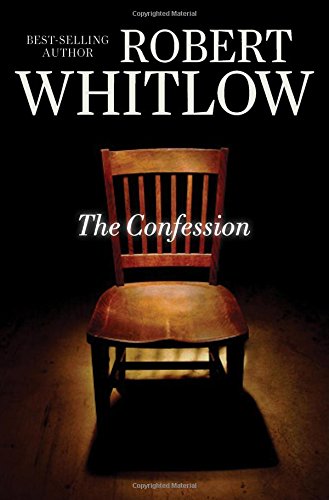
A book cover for The Confession; Robert Whitlow; Mystery, Thriller & Suspense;